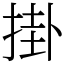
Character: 掛